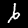
Digit: 6